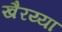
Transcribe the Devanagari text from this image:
खैरय्या